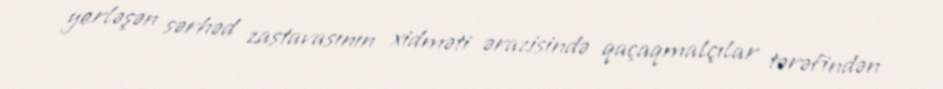
yerləşən sərhəd zastavasının xidməti ərazisində qaçaqmalçılar tərəfindən